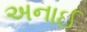
અનાઈ